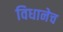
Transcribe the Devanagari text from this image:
विधानेच